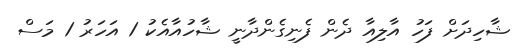
ޝާހިދަށް ފަހު އާލިއާ ދެން ފެނިގެންދާނީ ޝާހުއާއެކު 1 އަހަރު 1 މަސް